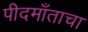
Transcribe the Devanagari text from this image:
पीदमाँताचा